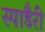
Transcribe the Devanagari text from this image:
स्पाडैरी